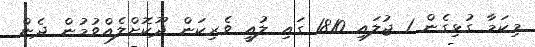
މިކަމާ ގުޅިގެން 1 ޖުލައި 1810 ގައި ލުއީ ވެރިކަން ދޫކޮށްލެއްވުމުން ދެން